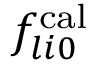
f _ { l i 0 } ^ { \mathrm { c a l } }